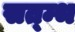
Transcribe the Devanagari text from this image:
सत्म्भ